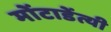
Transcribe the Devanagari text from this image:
मोंटाडेंत्यी